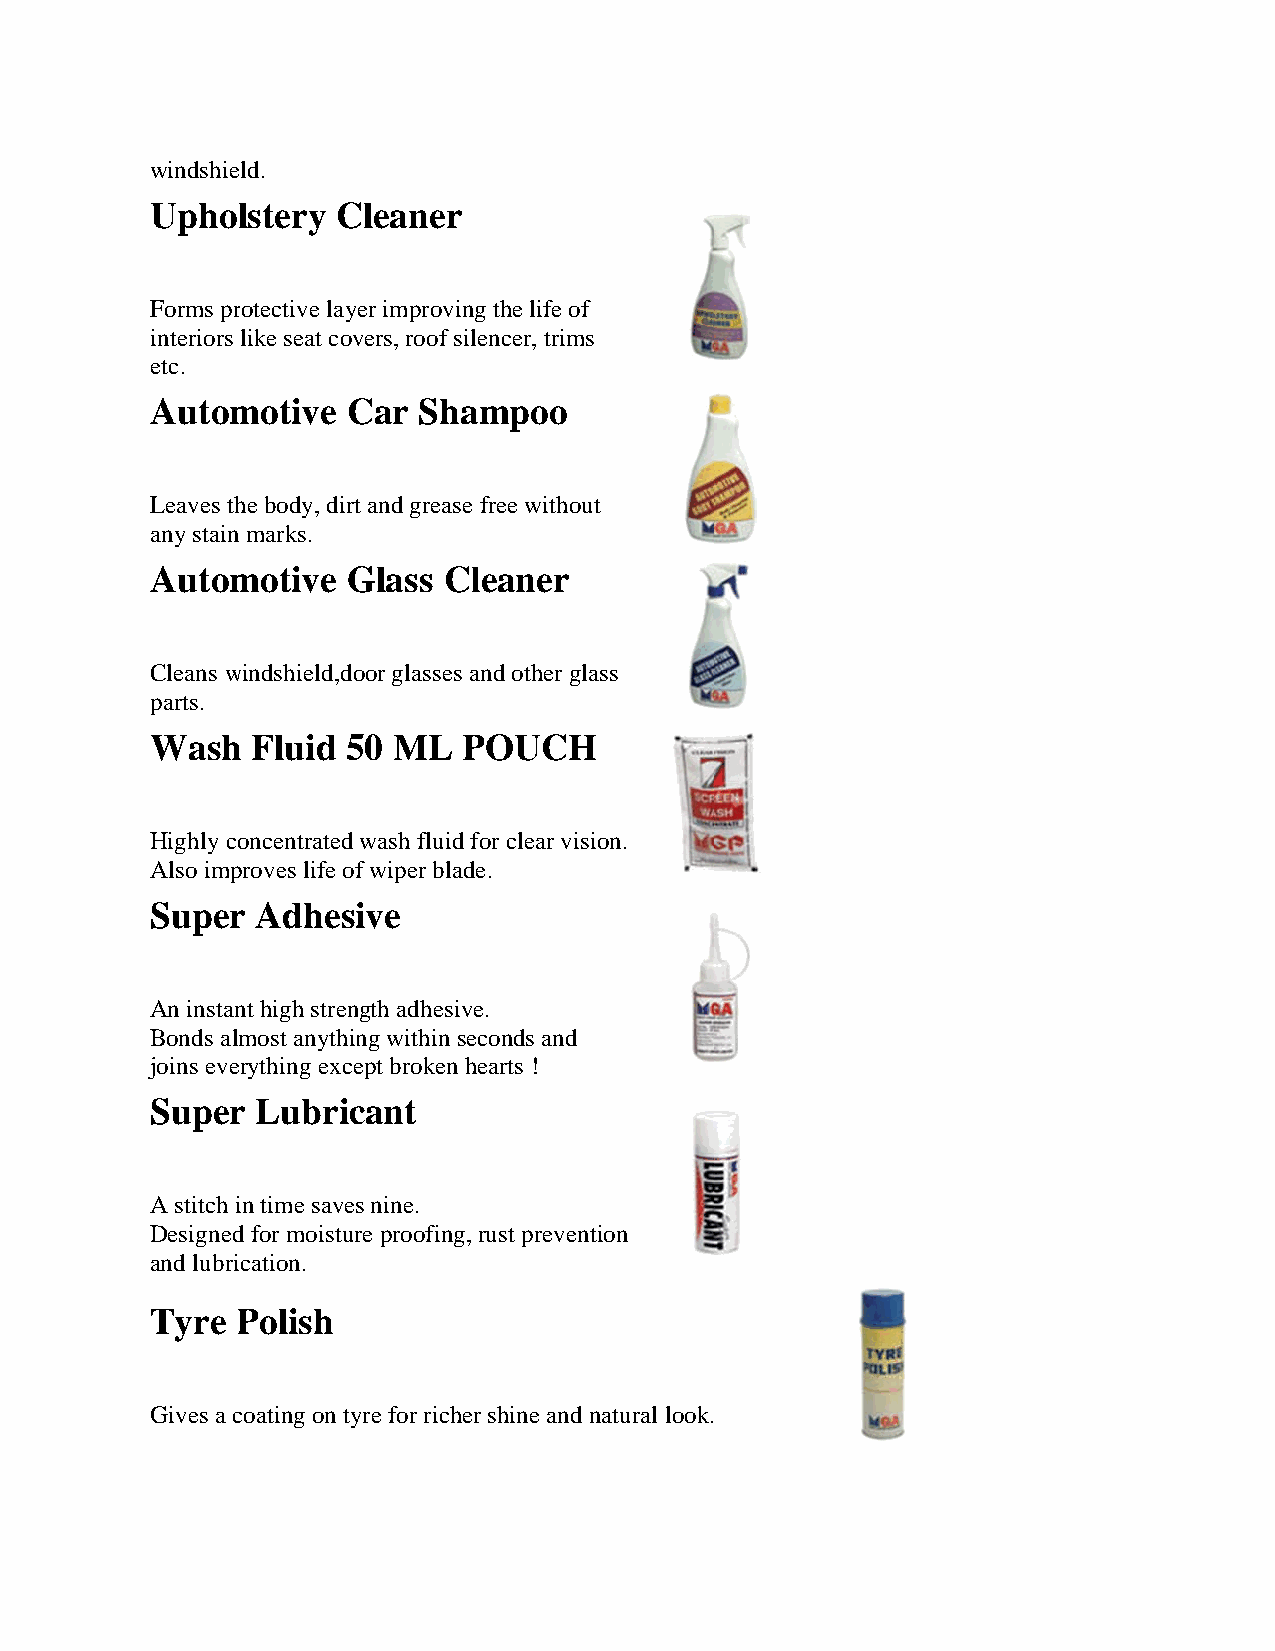
windshieeld.
 Upholstery  CCleaner
 Forms prrotective layer improvingg the life of
 interiors like seat covvers, roof sillencer, trims
 etc.
 Autommotive  CCar Shaampoo
 Leaves thhe body, dirtt and grease free withoutt
 any stainn marks.
 Autommotive  GGlass Clleaner
 Cleans wwindshield,dooor glasses aand other glaass
 parts.
 Washh  Fluid 550 ML  PPOUCHH
 Highly cooncentrated wash fluid ffor clear visiion.
 Also impproves life off wiper bladee.
 Superr Adhesiive
 An instannt high strenngth adhesivee.
 Bonds almost anythinng within seeconds and
 joins eveerything exceept broken hhearts !
 Superr Lubriccant
 A stitch iin time savess nine.
 Designedd for moisturre proofing, rust preventtion
 and lubriication.
 Tyre  PPolish
 Gives a ccoating on tyyre for richerr shine and nnatural look.